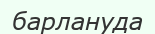
барлануда